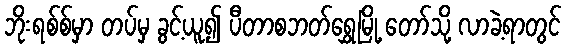
ဘိုးရစ်စ်မှာ တပ်မှ ခွင့်ယူ၍ ပီတာစဘတ်ရွှေမြို့ တော်သို့ လာခဲ့ရာတွင်